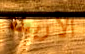
الأربطة